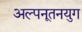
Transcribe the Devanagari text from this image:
अल्पनूतनयुग